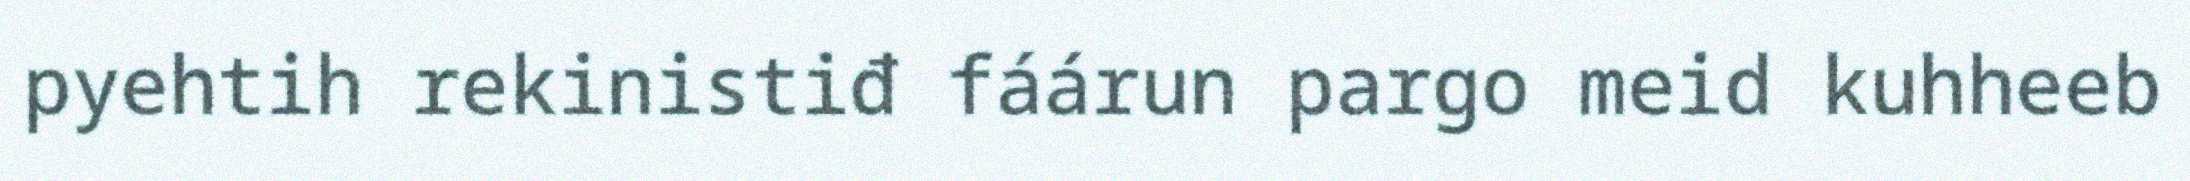
pyehtih rekinistiđ fáárun pargo meid kuhheeb